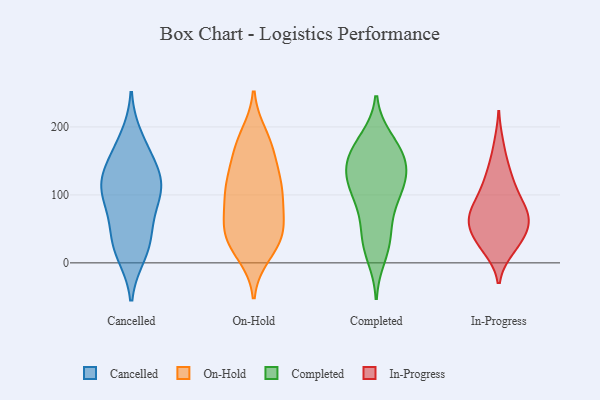
{"axis": {"x": "Bounce Rate (%)", "y": "Value"}, "legend": ["Cancelled", "Completed", "In-Progress", "On-Hold"], "data": [{"x": "", "y": 124, "type": "Cancelled"}, {"x": "", "y": 183, "type": "Cancelled"}, {"x": "", "y": 99, "type": "Cancelled"}, {"x": "", "y": 118, "type": "Cancelled"}, {"x": "", "y": 146, "type": "Cancelled"}, {"x": "", "y": 161, "type": "Cancelled"}, {"x": "", "y": 13, "type": "Cancelled"}, {"x": "", "y": 19, "type": "Cancelled"}, {"x": "", "y": 46, "type": "Cancelled"}, {"x": "", "y": 81, "type": "Cancelled"}, {"x": "", "y": 107, "type": "Cancelled"}, {"x": "", "y": 39, "type": "Cancelled"}, {"x": "", "y": 112, "type": "Cancelled"}, {"x": "", "y": 13, "type": "On-Hold"}, {"x": "", "y": 93, "type": "On-Hold"}, {"x": "", "y": 88, "type": "On-Hold"}, {"x": "", "y": 39, "type": "On-Hold"}, {"x": "", "y": 163, "type": "On-Hold"}, {"x": "", "y": 125, "type": "On-Hold"}, {"x": "", "y": 179, "type": "On-Hold"}, {"x": "", "y": 57, "type": "On-Hold"}, {"x": "", "y": 38, "type": "On-Hold"}, {"x": "", "y": 22, "type": "On-Hold"}, {"x": "", "y": 110, "type": "On-Hold"}, {"x": "", "y": 64, "type": "On-Hold"}, {"x": "", "y": 34, "type": "On-Hold"}, {"x": "", "y": 109, "type": "On-Hold"}, {"x": "", "y": 111, "type": "On-Hold"}, {"x": "", "y": 187, "type": "On-Hold"}, {"x": "", "y": 52, "type": "On-Hold"}, {"x": "", "y": 134, "type": "On-Hold"}, {"x": "", "y": 168, "type": "On-Hold"}, {"x": "", "y": 155, "type": "Completed"}, {"x": "", "y": 10, "type": "Completed"}, {"x": "", "y": 160, "type": "Completed"}, {"x": "", "y": 124, "type": "Completed"}, {"x": "", "y": 46, "type": "Completed"}, {"x": "", "y": 31, "type": "Completed"}, {"x": "", "y": 159, "type": "Completed"}, {"x": "", "y": 135, "type": "Completed"}, {"x": "", "y": 179, "type": "Completed"}, {"x": "", "y": 116, "type": "Completed"}, {"x": "", "y": 30, "type": "Completed"}, {"x": "", "y": 103, "type": "Completed"}, {"x": "", "y": 85, "type": "Completed"}, {"x": "", "y": 182, "type": "Completed"}, {"x": "", "y": 154, "type": "Completed"}, {"x": "", "y": 81, "type": "Completed"}, {"x": "", "y": 127, "type": "Completed"}, {"x": "", "y": 116, "type": "Completed"}, {"x": "", "y": 59, "type": "In-Progress"}, {"x": "", "y": 65, "type": "In-Progress"}, {"x": "", "y": 103, "type": "In-Progress"}, {"x": "", "y": 132, "type": "In-Progress"}, {"x": "", "y": 31, "type": "In-Progress"}, {"x": "", "y": 78, "type": "In-Progress"}, {"x": "", "y": 63, "type": "In-Progress"}, {"x": "", "y": 102, "type": "In-Progress"}, {"x": "", "y": 81, "type": "In-Progress"}, {"x": "", "y": 61, "type": "In-Progress"}, {"x": "", "y": 130, "type": "In-Progress"}, {"x": "", "y": 22, "type": "In-Progress"}, {"x": "", "y": 63, "type": "In-Progress"}, {"x": "", "y": 31, "type": "In-Progress"}, {"x": "", "y": 29, "type": "In-Progress"}, {"x": "", "y": 172, "type": "In-Progress"}]}